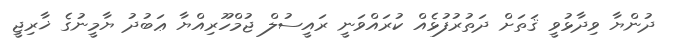
ދުންޔާ ވިދާޅުވީ ޤަތަށް ދަތުރުފުޅެއް ކުރައްވަނީ ރައީސުލް ޖުމްހޫރިއްޔާ ޢަބުދު ޔާމީނުގެ ޚާރިޖީ